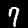
Label: 7